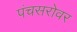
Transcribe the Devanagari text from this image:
पंचसरोवर